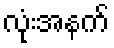
လုံးအနက်